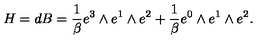
H = d B = \frac { 1 } { \beta } e ^ { 3 } \wedge e ^ { 1 } \wedge e ^ { 2 } + \frac { 1 } { \beta } e ^ { 0 } \wedge e ^ { 1 } \wedge e ^ { 2 } .